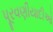
પૂરવણીયાદીઓ